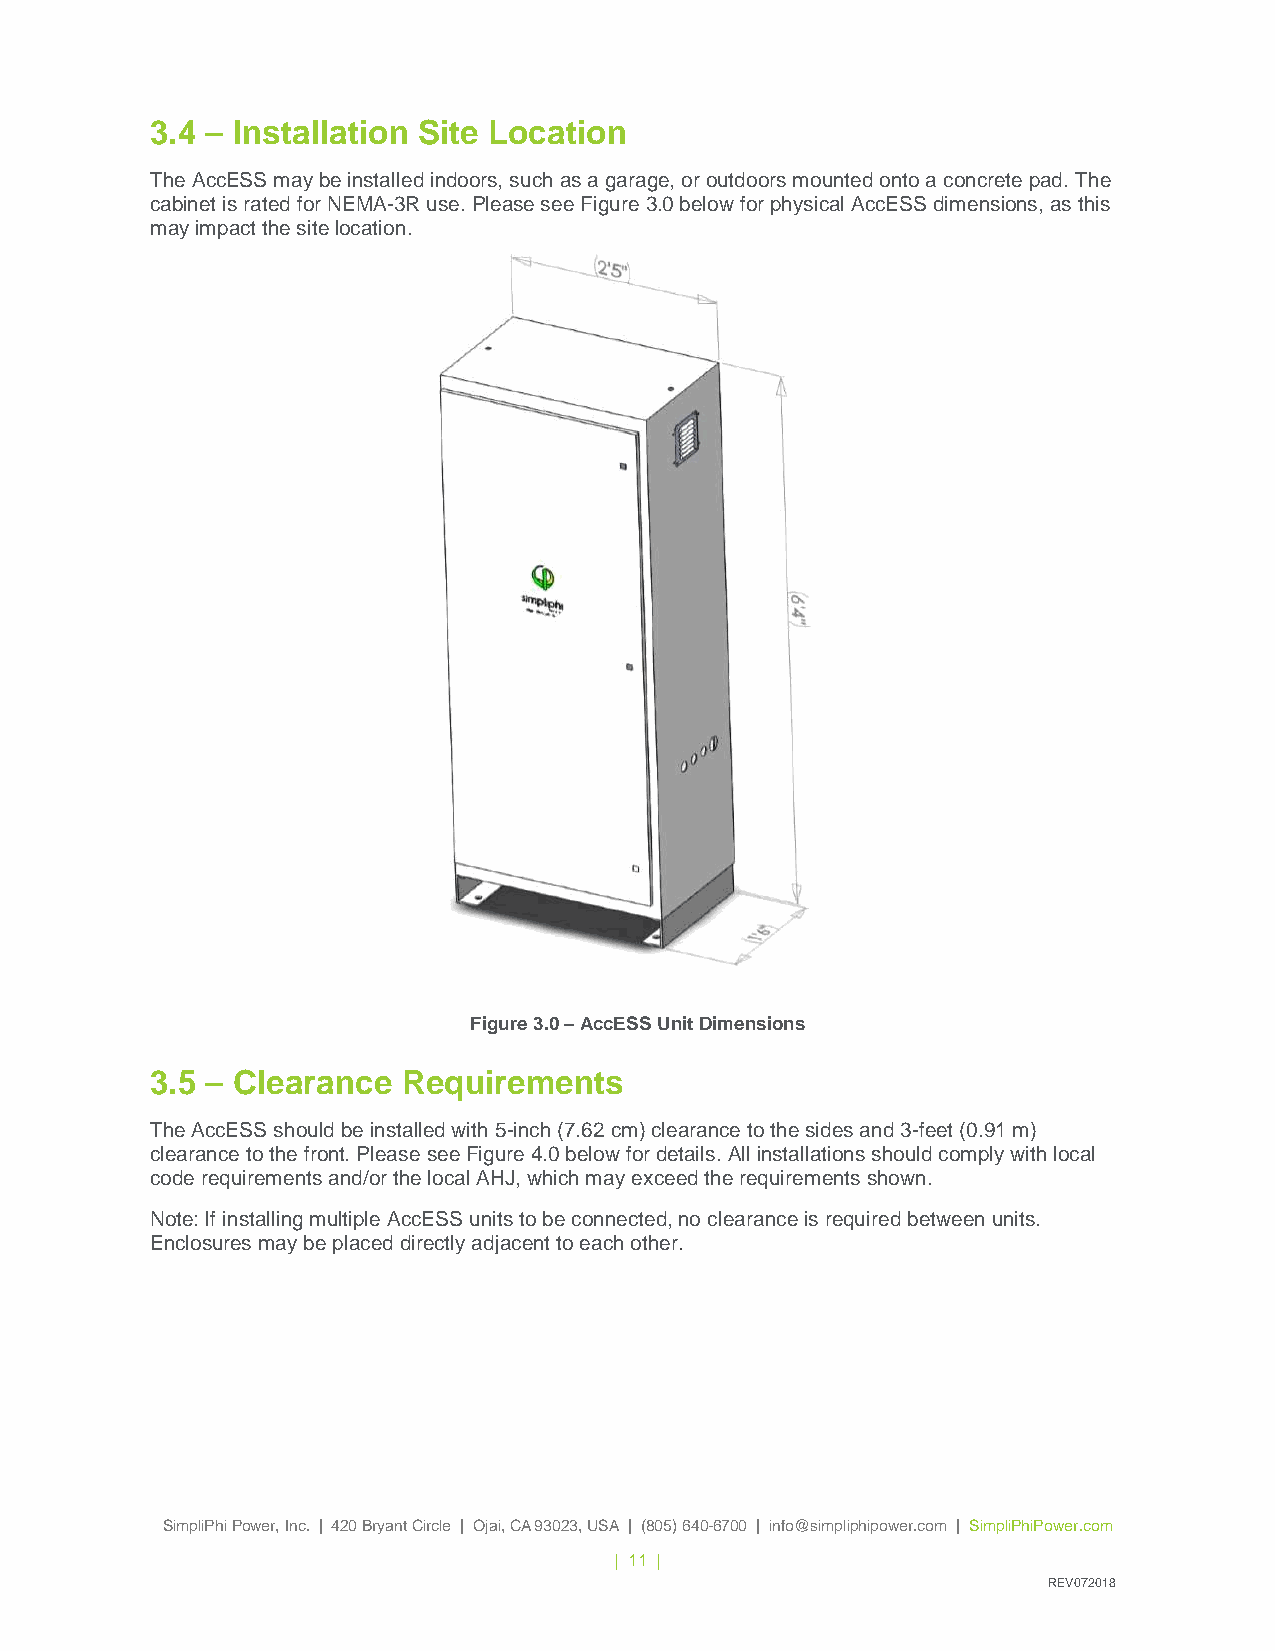
3.4 – Installation Site Location
 The AccESS may be installed indoors, such as a garage, or outdoors mounted onto a concrete pad. The
 cabinet is rated for NEMA-3R use. Please see Figure 3.0 below for physical AccESS dimensions, as this
 may impact the site location.
 Figure 3.0 – AccESS Unit Dimensions
 3.5 – Clearance  Requirements
 The AccESS should be installed with 5-inch (7.62 cm) clearance to the sides and 3-feet (0.91 m)
 clearance to the front. Please see Figure 4.0 below for details. All installations should comply with local
 code requirements and/or the local AHJ, which may exceed the requirements shown.
 Note: If installing multiple AccESS units to be connected, no clearance is required between units.
 Enclosures may be placed directly adjacent to each other.
 SimpliPhi Power, Inc. | 420 Bryant Circle | Ojai, CA 93023, USA | (805) 640-6700 | info@simpliphipower.com | SimpliPhiPower.com
 | 11 |
 REV072018